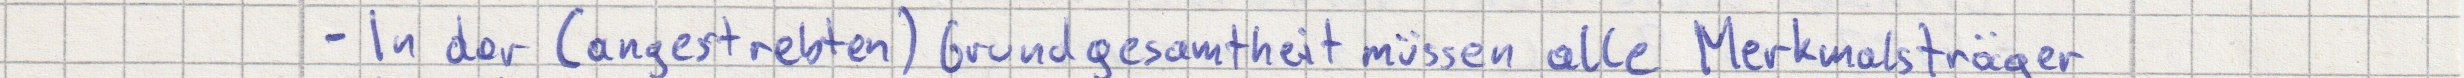
- In der (angestrebten) Grundgesamtheit müssen alle Merkmalsträger